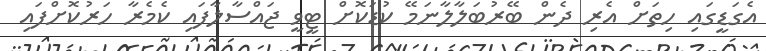
އެގަޑީގައި ހިތަށް އެރި ދެން ބޭރުބަލާލާނަމޭ ކުޑަކޮށް ޓީވީ ޖައްސާލާފައި ކެމެރާ ހަރުކޮށްފައި